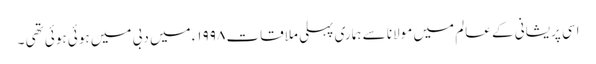
اسی پریشانی کے عالم میں مولانا سے ہماری پہلی ملاقات ۱۹۹۸ء میں دبی میں ہوئی ہوئی تھی ۔